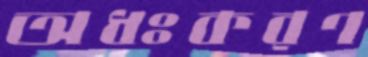
অধঃকরণ